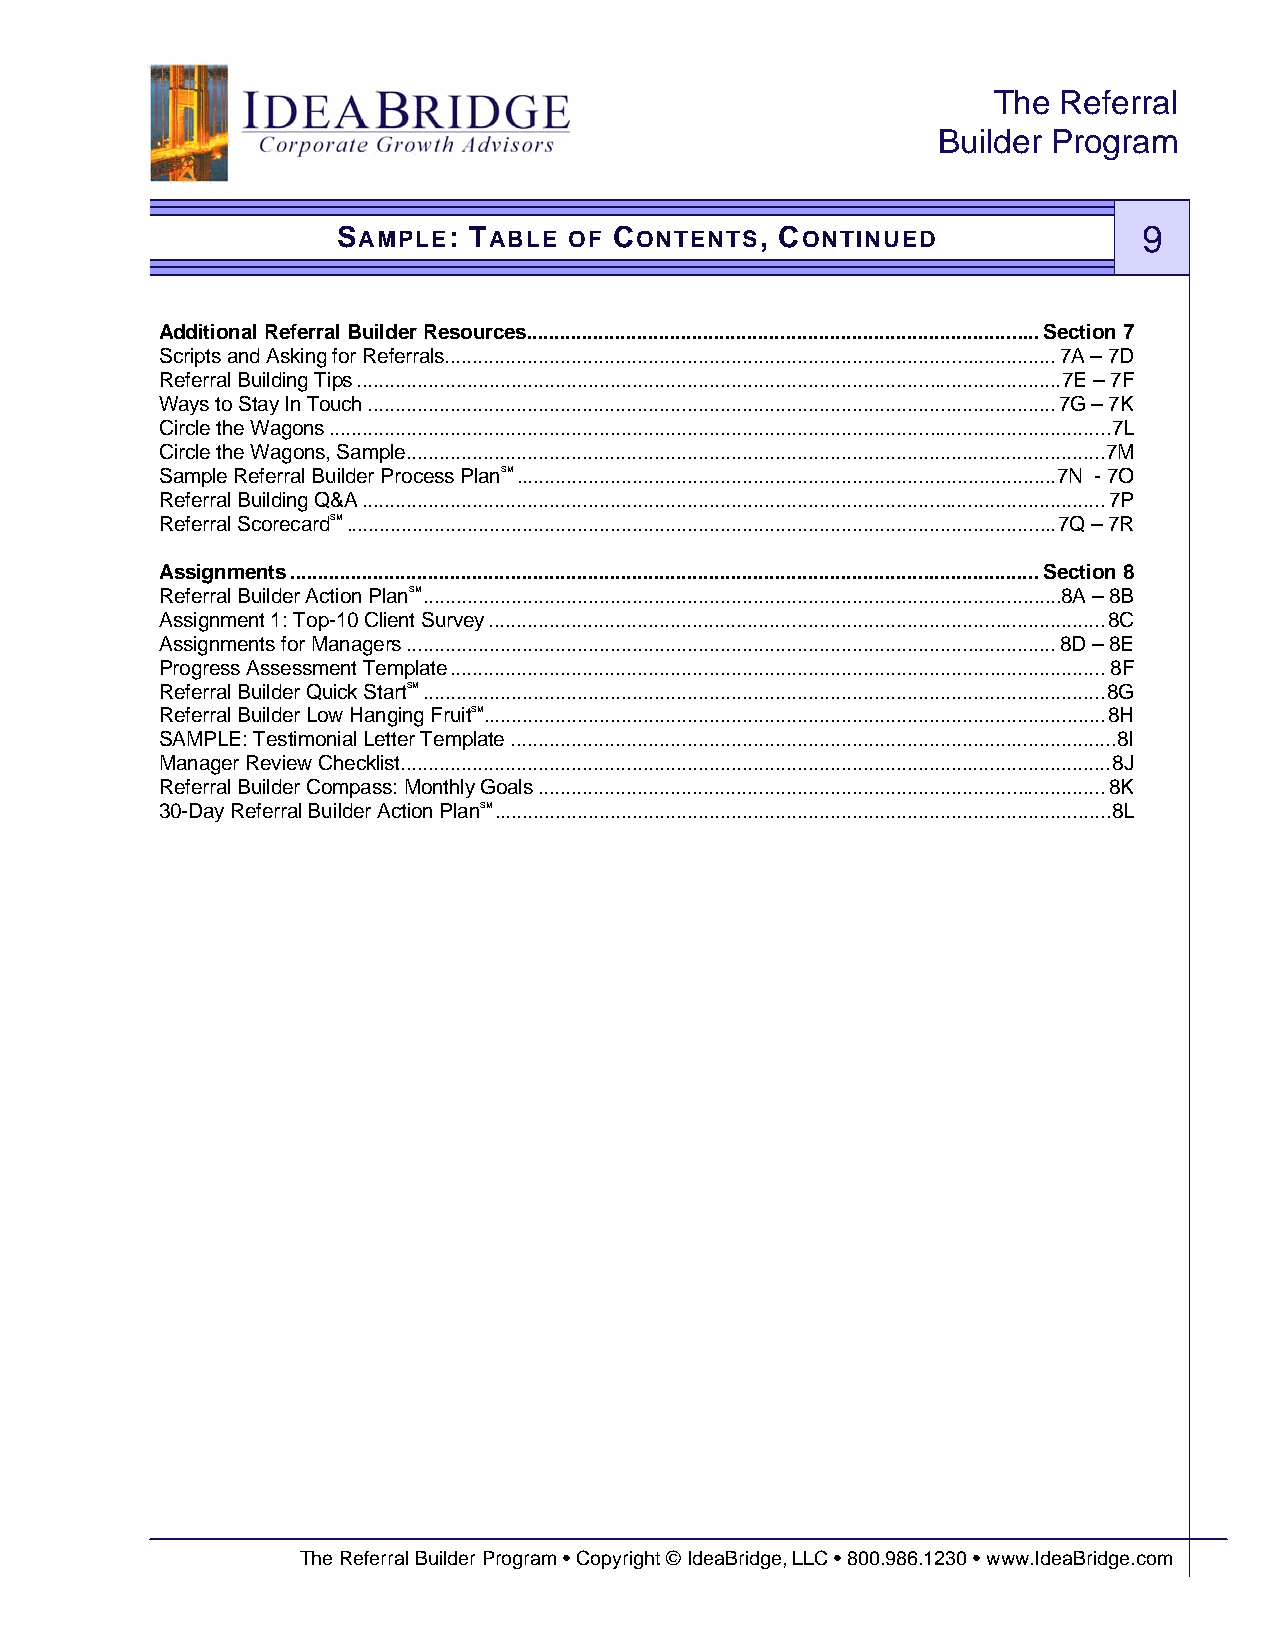
The Referral
 Builder Program
 SAMPLE:  TABLE  OF CONTENTS,  CONTINUED               9
 Additional Referral Builder Resources.............................................................................................Section 7
 Scripts and Asking for Referrals...............................................................................................................7A – 7D
 Referral Building Tips................................................................................................................................7E – 7F
 Ways to Stay In Touch.............................................................................................................................7G – 7K
 Circle the Wagons..............................................................................................................................................7L
 Circle the Wagons, Sample...............................................................................................................................7M
 Sample Referral Builder Process PlanSM..................................................................................................7N - 7O
 Referral Building Q&A.......................................................................................................................................7P
 Referral ScorecardSM.................................................................................................................................7Q – 7R
 Assignments........................................................................................................................................Section 8
 Referral Builder Action PlanSM....................................................................................................................8A – 8B
 Assignment 1: Top-10 Client Survey................................................................................................................8C
 Assignments for Managers......................................................................................................................8D – 8E
 Progress Assessment Template.......................................................................................................................8F
 Referral Builder Quick StartSM............................................................................................................................8G
 Referral Builder Low Hanging FruitSM.................................................................................................................8H
 SAMPLE: Testimonial Letter Template..............................................................................................................8I
 Manager Review Checklist.................................................................................................................................8J
 Referral Builder Compass: Monthly Goals.......................................................................................................8K
 30-Day Referral Builder Action PlanSM................................................................................................................8L
 The Referral Builder Program • Copyright © IdeaBridge, LLC • 800.986.1230 • www.IdeaBridge.com